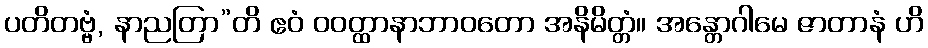
ပတိတဗ္ဗံ, နာညတြာ”တိ ဧဝံ ဝဝတ္ထာနာဘာဝတော အနိမိတ္တံ။ အန္တောဂါမေ ဇာတာနံ ဟိ